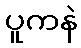
ပူကနဲ